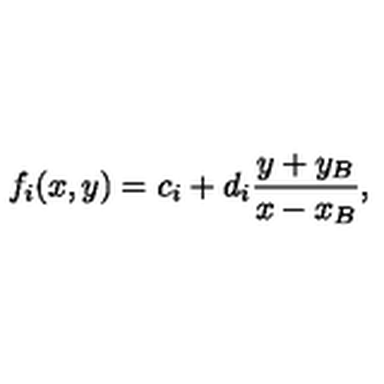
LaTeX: f _ { i } ( x , y ) = c _ { i } + d _ { i } { \frac { y + y _ { B } } { x - x _ { B } } } ,